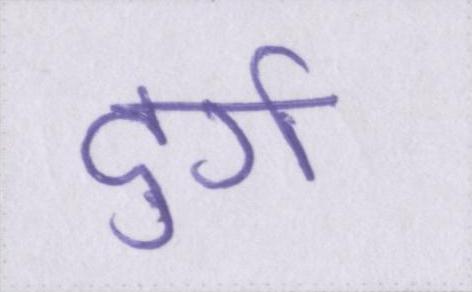
दुर्ग